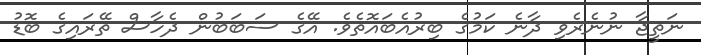
ނަތީޖާ ނުނެރެވި ދާނެ ކަމުގެ ބިރުއެބައޮތެވެ. އޭގެ ސަބަބުން ދެހާސް ތޭރައިގެ ބޮޑު